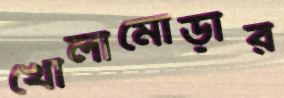
খোলামোড়ার